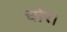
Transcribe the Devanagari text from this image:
चोर।